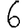
Digit: 6